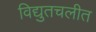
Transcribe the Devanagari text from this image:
विद्युतचलीत